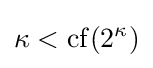
\kappa <\operatorname {cf} (2^{\kappa })